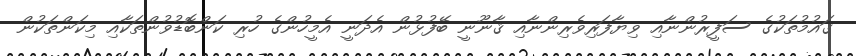
ގައުމުތަކުގެ ސަފީރުންނާއި ވިޔާފަރިވެރިންނާއި ޤާނޫނީ ބޭފުޅުން އެދަނީ އެމީހުންގެ ހުރި ކަންބޮޑުވުންތަކާއި މިކަންތަކުން